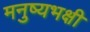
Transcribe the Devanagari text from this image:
मनुष्यभक्षी